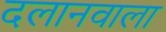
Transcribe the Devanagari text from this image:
दलानवाला